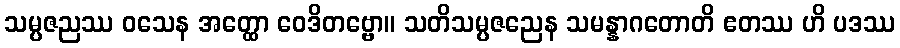
သမ္ပဇညဿ ဝသေန အတ္ထော ဝေဒိတဗ္ဗော။ သတိသမ္ပဇညေန သမန္နာဂတောတိ ဧတဿ ဟိ ပဒဿ